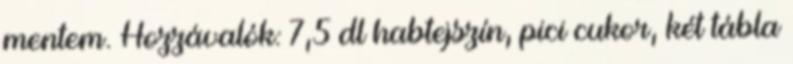
mentem. Hozzávalók: 7,5 dl habtejszín, pici cukor, két tábla